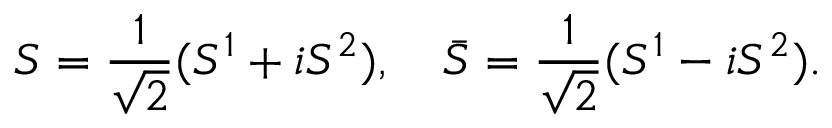
S = \frac { 1 } { \sqrt { 2 } } ( S ^ { 1 } + i S ^ { 2 } ) , \quad \bar { S } = \frac { 1 } { \sqrt { 2 } } ( S ^ { 1 } - i S ^ { 2 } ) .